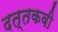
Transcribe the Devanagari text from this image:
दत्तकवी